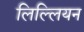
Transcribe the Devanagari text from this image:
लिल्लियन